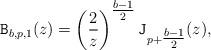
LaTeX: \begin{align*} \mathtt{B}_{b, p, 1}(z)=\left(\frac{2}{z}\right)^{\tfrac{b-1}{2}} \mathtt{J}_{p+\tfrac{b-1}{2}}(z),\end{align*}